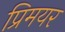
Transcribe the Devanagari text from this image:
प्रिमयर